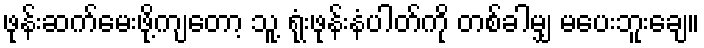
ဖုန်းဆက်မေးဖို့ကျတော့ သူ့ ရုံးဖုန်းနံပါတ်ကို တစ်ခါမျှ မပေးဘူးချေ။